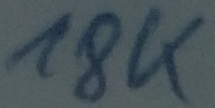
Text: 18K